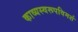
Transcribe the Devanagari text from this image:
काव्यस्वरूपविमर्श